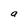
Character: a